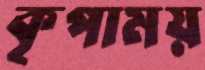
কৃপাময়